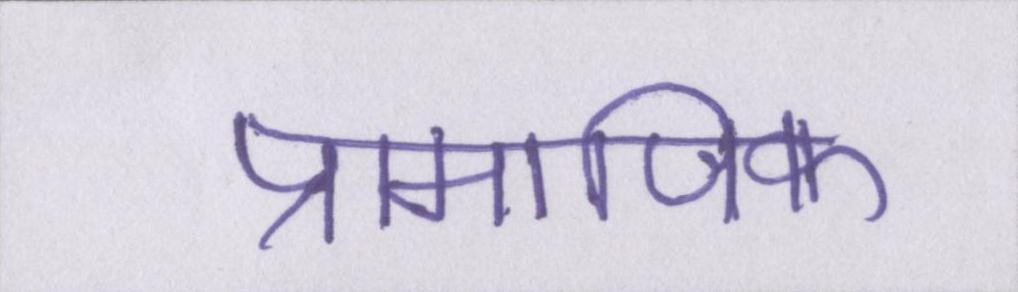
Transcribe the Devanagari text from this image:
प्रामाणिक